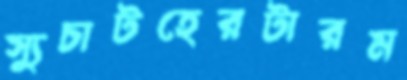
স্যুচাটহেরটারম